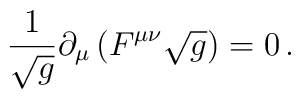
{1\over\sqrt g} \partial_\mu\left(F^{\mu\nu}\sqrt{g}\right)=0\,.